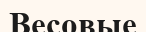
Весовые